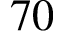
7 0